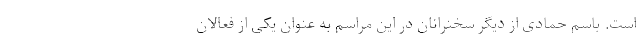
است. باسم حمادی از دیگر سخنرانان در این مراسم به عنوان یکی از فعالان